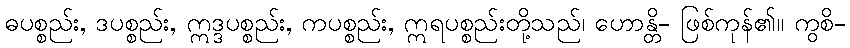
ဓပစ္စည်း, ဒပစ္စည်း, ဣဒ္ဒပစ္စည်း, ကပစ္စည်း, ဣရပစ္စည်းတို့သည်၊ ဟောန္တိ- ဖြစ်ကုန်၏။ ကွစိ-